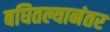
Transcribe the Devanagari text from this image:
बघितल्यानंतर